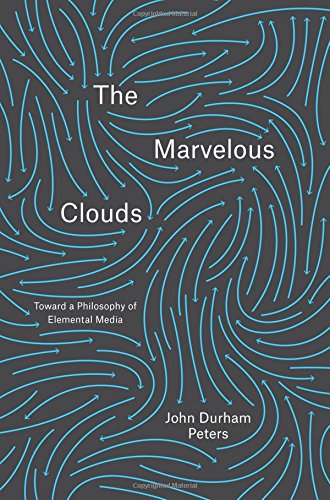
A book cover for The Marvelous Clouds: Toward a Philosophy of Elemental Media; John Durham Peters; Reference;